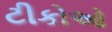
ટીકોઓ